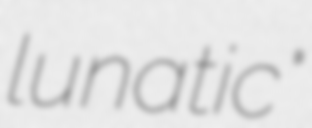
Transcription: lunatic"